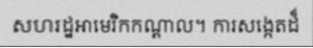
សហរដ្ឋអាមេរិកកណ្តាល។ ការសង្កេតដ៏